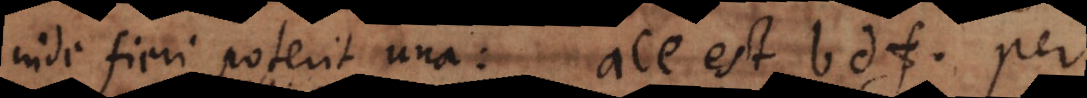
inde fieri poterit una: ace est bdf, per